Regulations for the medical services of the Army of India
Year: 1930
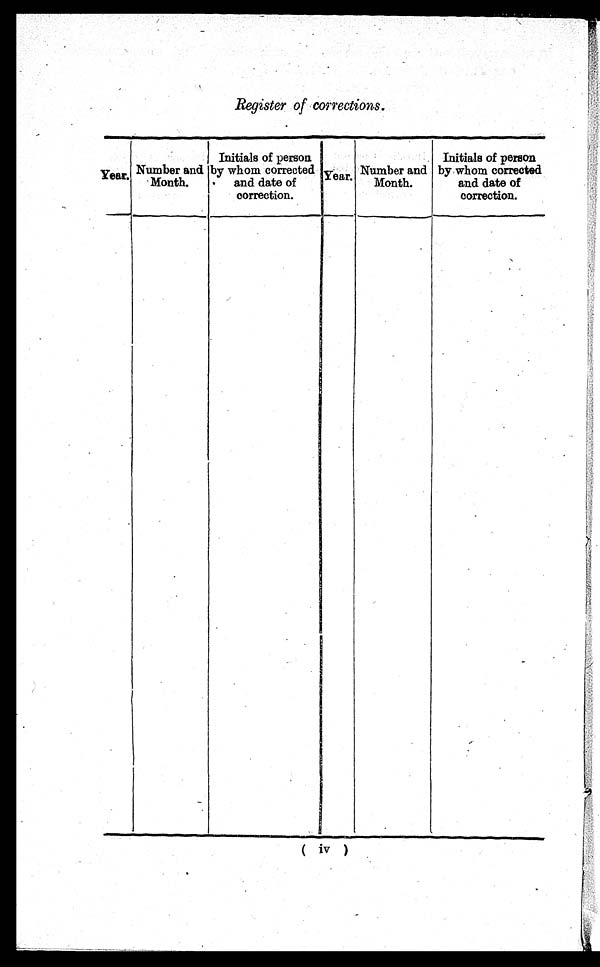
Register of corrections.
Year. Number and
Month.
Initials of person
b y w h o m c o r r e c t e d
and date of
correction.
Year. Number and
Month.
Initials of person
by whom corrected
and date of
correction.
( iv )